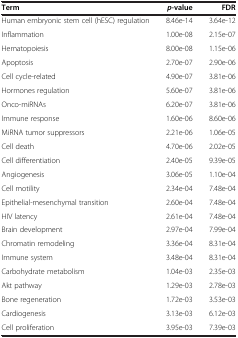
| Term | p-value | FDR |
 | --- | --- | --- |
 | Human embryonic stem cell (hESC) regulation | 8.46e-14 | 3.64e-12 |
 | Inflammation | 1.00e-08 | 2.15e-07 |
 | Hematopoiesis | 8.00e-08 | 1.15e-06 |
 | Apoptosis | 2.70e-07 | 2.90e-06 |
 | Cell cycle-related | 4.90e-07 | 3.81e-06 |
 | Hormones regulation | 5.60e-07 | 3.81e-06 |
 | Onco-miRNAs | 6.20e-07 | 3.81e-06 |
 | Immune response | 1.60e-06 | 8.60e-06 |
 | MiRNA tumor suppressors | 2.21e-06 | 1.06e-05 |
 | Cell death | 4.70e-06 | 2.02e-05 |
 | Cell differentiation | 2.40e-05 | 9.39e-05 |
 | Angiogenesis | 3.06e-05 | 1.10e-04 |
 | Cell motility | 2.34e-04 | 7.48e-04 |
 | Epithelial-mesenchymal transition | 2.60e-04 | 7.48e-04 |
 | HIV latency | 2.61e-04 | 7.48e-04 |
 | Brain development | 2.97e-04 | 7.99e-04 |
 | Chromatin remodeling | 3.36e-04 | 8.31e-04 |
 | Immune system | 3.48e-04 | 8.31e-04 |
 | Carbohydrate metabolism | 1.04e-03 | 2.35e-03 |
 | Akt pathway | 1.29e-03 | 2.78e-03 |
 | Bone regeneration | 1.72e-03 | 3.53e-03 |
 | Cardiogenesis | 3.13e-03 | 6.12e-03 |
 | Cell proliferation | 3.95e-03 | 7.39e-03 |